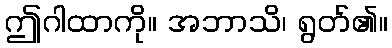
ဤဂါထာကို။ အဘာသိ၊ ရွတ်၏။